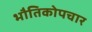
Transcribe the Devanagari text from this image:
भौतिकोपचार